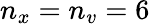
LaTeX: n_{x}=n_{v}=6